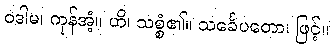
ဝဒါမ၊ ကုန်အံ့။ ဟိ၊ သစ္စံ၏။ သင်္ခေပတော၊ ဖြင့်။